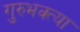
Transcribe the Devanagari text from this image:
गुरुभक्त्या